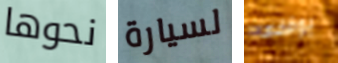
نحوها لسيارة يوقفها